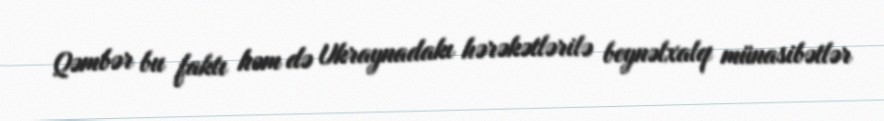
Qəmbər bu faktı həm də Ukraynadakı hərəkətlərilə beynəlxalq münasibətlər